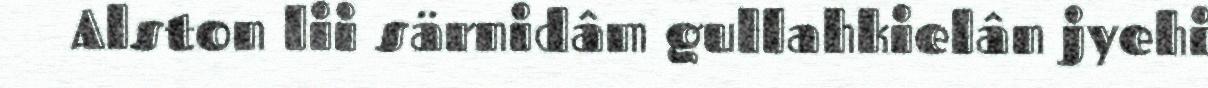
Alston lii särnidâm gullahkielân jyehi